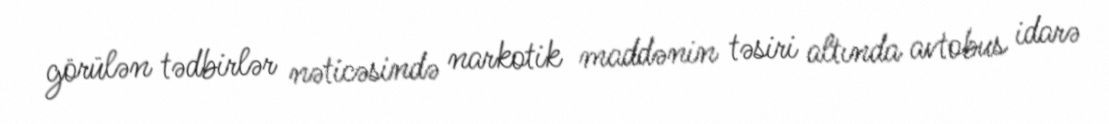
görülən tədbirlər nəticəsində narkotik maddənin təsiri altında avtobus idarə